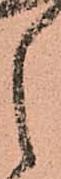
之